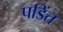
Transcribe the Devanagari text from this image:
पडिंत